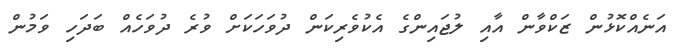
އަނެއްކޮޅުން ޒަކްވާން އާއި ލުޖައިންގެ އެކުވެރިކަން ދުވަހަކަށް ވުރެ ދުވަހެއް ބަދަހި ވަމުން